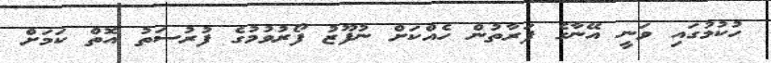
ހުކުމުގައި ވަނީ އޭނާގެ ފަރާތުން ހެއްކަށް ނުފޫޒު ފޯރުވުމުގެ ފުރުސަތު އޮތް ކަމަށް